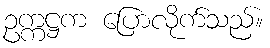
ဥက္ကဋ္ဌက ပြောလိုက်သည်။